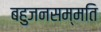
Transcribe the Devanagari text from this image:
बहुजनसम्मति